Memorandum on the prevention of leprosy by segregation of the affected
Disease focus: Leprosy
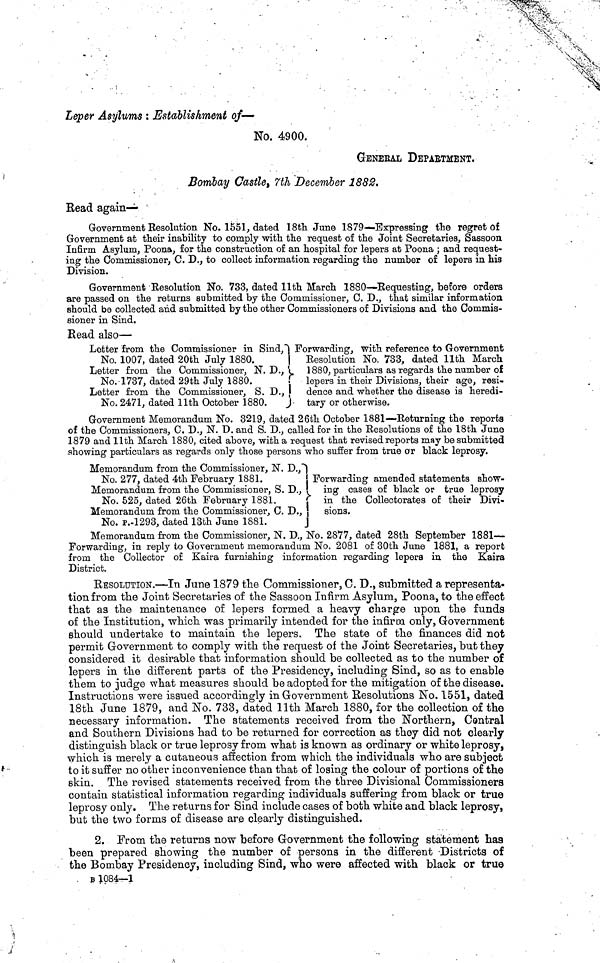
Leper Asylums : Establishment of—
No. 4900.
GENEEAL DEPAETMENT.
Bombay Castle, 7th December 1882.
Bead again—
Government Resolution No. 1551, dated 18th June 1879—Expressing the regret of
Government at their inability to comply with the request of the Joint Secretaries, Sassoon
Infirm Asylum, Poona, for the construction of an hospital for lepers at Poona ; and request-
ing the Commissioner, C. D., to collect information regarding the number of lepers in his
Division.
Government Resolution No. 733, dated 11th March 1880—-Requesting, before orders
are passed on the returns submitted by the Commissioner, C. D., that similar information
should be collected and submitted by the other Commissioners of Divisions and the Commis-
sioner in Sind.
Read also—
Letter from the Commissioner in Sind," Forwarding, with reference to Government
No. 1007, dated 20th July 1880.
| Resolution No. 733, dated 11th March
Letter from the Commissioner, N. D.,
1880, particulars as regards the number of
No. 1737, dated 29th July 1880.
lepers in their Divisions, their age, resi-
Letter from the Commissioner, S. D.,
dence and whether the disease is heredi-
No. 2471, dated 11th October 1880.
tary or otherwise.
Government Memorandum No. 3219, dated 26th October 1881—-Returning the reporta
of the Commissioners, C. D., N. D. and S. D., called for in the Resolutions of the 18th June
1879 and 11th March 1880, cited above, with a request that revised reports may be submitted
showing particulars as regards only those persons who suffer from true or black leprosy.
Memorandum from the Commissioner, N. D.,
No. 277, dated 4th February 1881.
! Forwarding amended statements show-
Memorandum from the Commissioner, S. D., ! ing cases of black or true leprosy
No. 525, dated 26th February 1881.
in the Collectorates of their Divi-
Memorandum from the Commissioner, C. D.,
sions.
No. P.-1293, dated 13th June 1881.
Memorandum from the Commissioner, N. D., No. 2877, dated 28th September 1881—
Forwarding, in reply to Government memorandum No. 2081 of 30th June 1881, a report
from the Collector of Kaira furnishing information regarding lepers in the Kaira
District.
RESOLUTION.—In June 1879 the Commissioner, C. D., submitted a representa-
tion from the Joint Secretaries of the Sassoon Infirm Asylum, Poona, to the effect
that as the maintenance of lepers formed a heavy charge upon the funds
of the Institution, which was primarily intended for the infirm only, Government
should undertake to maintain the lepers. The state of the finances did not
permit Government to comply with the request of the Joint Secretaries, but they
considered it desirable that information should be collected as to the number of
lepers in the different parts of the Presidency, including Bind, so as to enable
them to judge what measures should be adopted for the mitigation of the disease.
Instructions were issued accordingly in Government Resolutions No. 1551, dated
18th June 1879, and No. 733, dated 11th March 1880, for the collection of the
necessary information. The statements received from the Northern, Central
and Southern Divisions had to be returned for correction as they did not clearly
distinguish black or true leprosy from what is known as ordinary or white leprosy,
which, is merely a cutaneous affection from which, the individuals who are subject
to it suffer no other inconvenience than that of losing the colour of portions of the
skin. The revised statements received from the three Divisional Commissioners
contain statistical information regarding individuals suffering from black or true
leprosy only. The returns for Sind include cases of both white and black leprosy,
but the two forms of disease are clearly distinguished.
2. From the returns now before Government the following statement has
been prepared snowing the number of persons in the different Districts of
the Bombay Presidency, including Sind, who were affected with black or true
B 1084--1